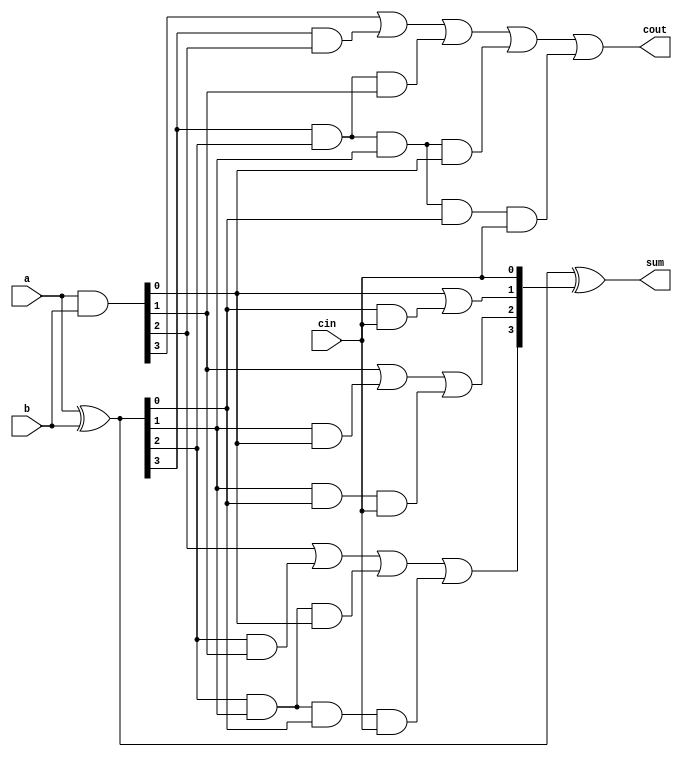
module carry_look_ahead_4bit(a,b, cin, sum,cout);
input [3:0] a,b;
input cin;
output [3:0] sum;
output cout;
 
wire [3:0] p,g,c;
 
assign p=a^b;
assign g=a&b;

assign c[0]=cin;
assign c[1]= g[0]|(p[0]&c[0]);
assign c[2]= g[1] | (p[1]&g[0]) | p[1]&p[0]&c[0];
assign c[3]= g[2] | (p[2]&g[1]) | p[2]&p[1]&g[0] | p[2]&p[1]&p[0]&c[0];
assign cout= g[3] | (p[3]&g[2]) | p[3]&p[2]&g[1] | p[3]&p[2]&p[1]&g[0] | p[3]&p[2]&p[1]&p[0]&c[0];
assign sum=p^c;
endmodule